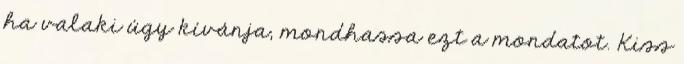
ha valaki úgy kívánja, mondhassa ezt a mondatot. Kiss